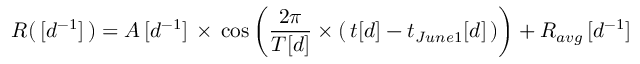
R ( \, [ d ^ { - 1 } ] \, ) = A \, [ d ^ { - 1 } ] \, \times \, \cos \left( \frac { 2 \pi } { T [ d ] } \times ( \, t [ d ] - t _ { J u n e 1 } [ d ] \, ) \right) + R _ { a v g } \, [ d ^ { - 1 } ]